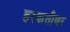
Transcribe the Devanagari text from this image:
हरकतीवर